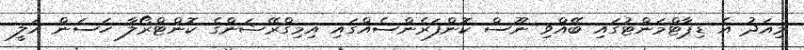
މިއަދު އެ ޑިޕާޓްމަންޓުގައި ބޭއްވި ނޫސް ކޮންފަރެންސެއްގައި އިމިގްރޭޝަންގެ ކޮންޓްރޯލާ ހަސަން އަލީ